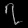
Digit: ၇